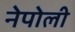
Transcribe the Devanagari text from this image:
नेपोली